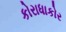
કોરાધાકોર